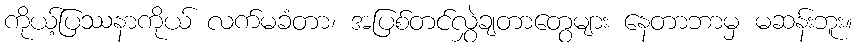
ကိုယ့်ပြဿနာကိုယ် လက်မခံတာ၊ အပြစ်တင်လွှဲချတာတွေများ နေတာဘာမှ မဆန်းဘူး။